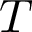
T